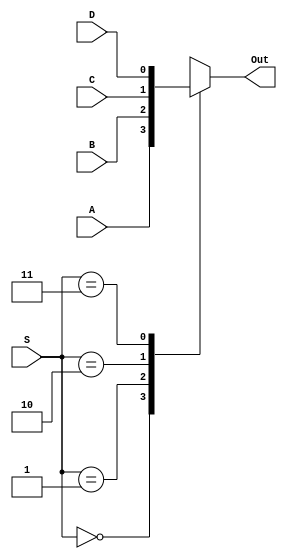
`timescale 1ns / 1ps
//////////////////////////////////////////////////////////////////////////////////
// Company: 
// Engineer: 
// 
// Design Name: 
// Module Name: mux_4x1
// Project Name: 
// Target Devices: 
// Tool Versions: 
// Description: 
// 
// Dependencies: 
// 
// Revision:
// Revision 0.01 - File Created
// Additional Comments:
// 
//////////////////////////////////////////////////////////////////////////////////


module mux_4x1(
    input A,
    input B,
    input C,
    input D,
    input [1:0] S,
    output reg Out
    );
   
always @(S)
    begin 
        case(S)
            2'b00:
                Out <= A; 
            2'b01:
                Out <= B; 
            2'b10: 
                Out <= C; 
            2'b11: 
                Out <= D;
         endcase    
                        
    end 
endmodule